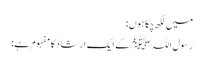
میں لکھ چکا ہوں:
رسول اللہ ﷺ کے ایک ارشاد کا مفہوم ہے: